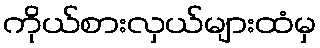
ကိုယ်စားလှယ်များထံမှ